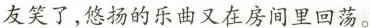
友笑了，悠扬的乐曲又在房间里回荡。